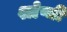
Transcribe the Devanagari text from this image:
श्लेष्मी